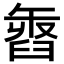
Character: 𦥽